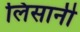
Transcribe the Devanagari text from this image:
लिसानी